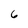
Character: 6